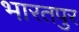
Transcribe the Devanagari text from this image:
भारतपुर